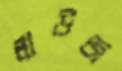
লাউজ